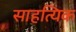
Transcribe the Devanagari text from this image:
साहत्यिक